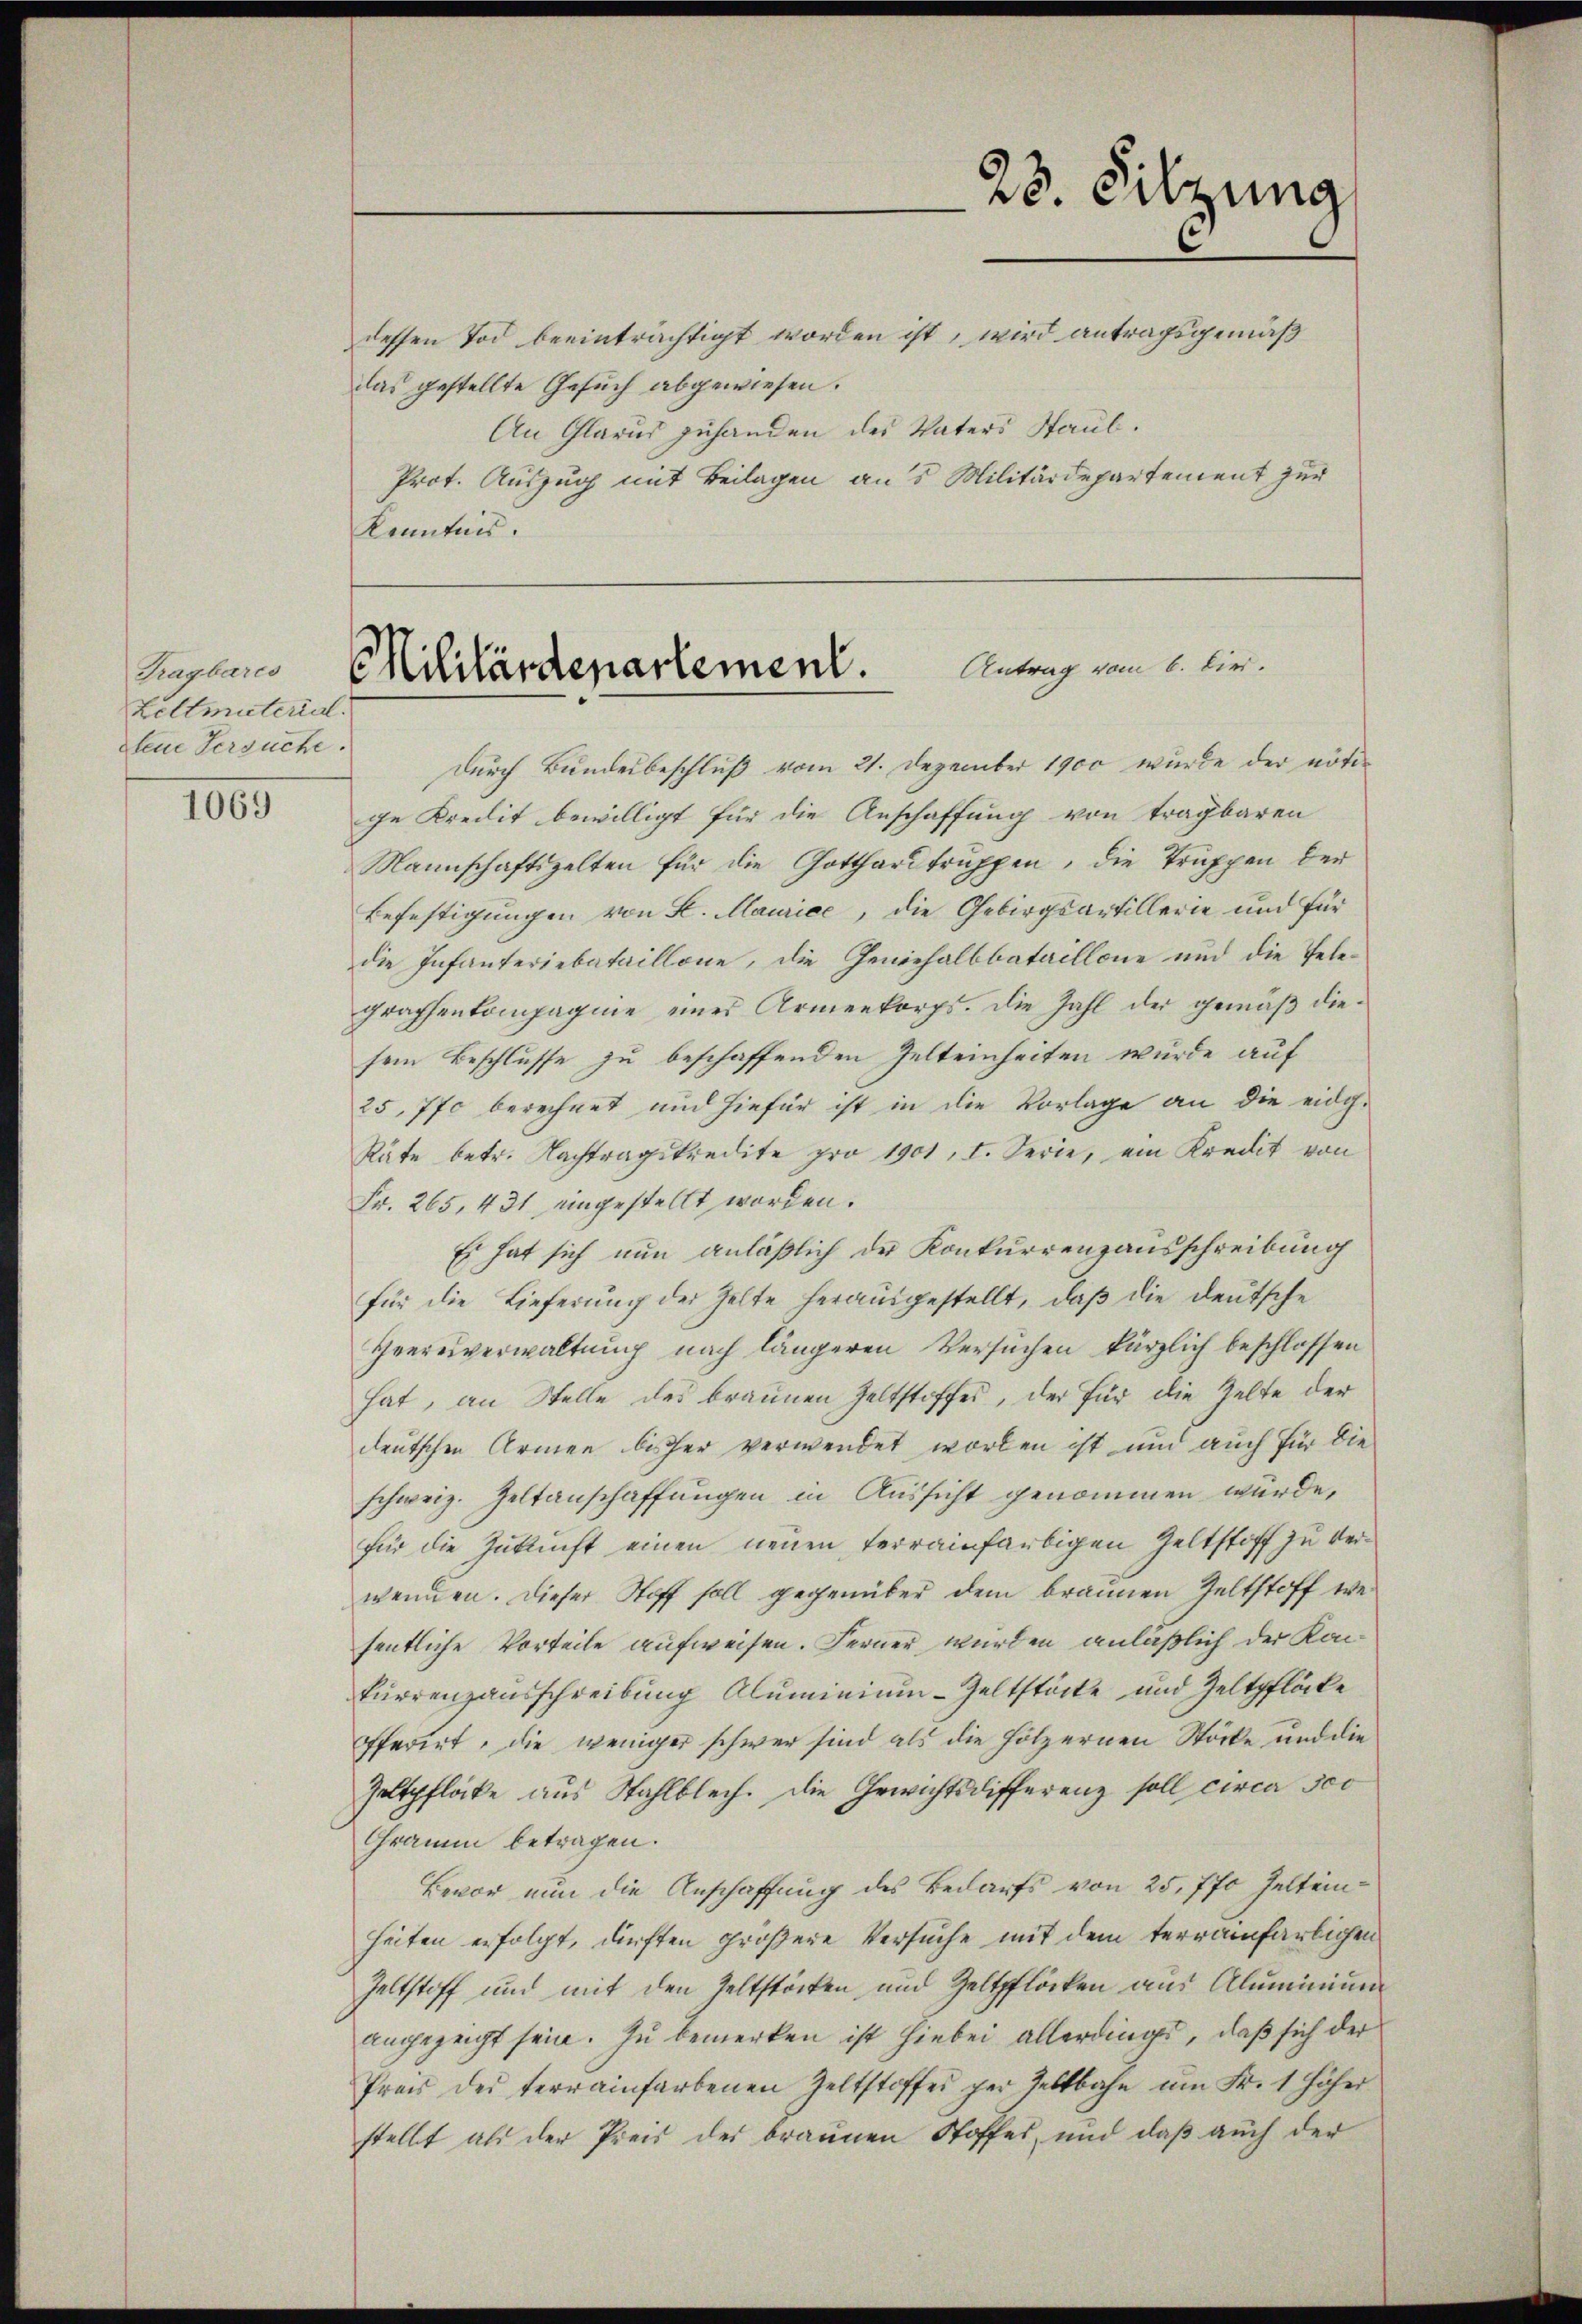
Tragbares
Zeltmuterial.
dem Versuche.

1069

dessen Tod beeinträchtigt worden ist, wird antragsgemäß
das gestellte Gesuch abgewiesen.
An Glarus zuhanden des Vaters Staub.
Prot. Auszug mit Beilagen aus Militärdepartement zur
Kenntnis.

23. Sitzung

Antrag vom 6. dies.
Militärdepartement.

Durch Bundesbeschluß vom 21. Dezember 1900 wurde der nötige Kredit bewilligt für die Anschaffung von tragbaren
Mannschaftszelten für die Gotthardtruppen, die Truppen der
Befestigungen von K. Maurice, die Gebirgsartillerie und für
die Infanteriebataillone, die Generhalbbataillone und die Telegraphenkompagnie eines Armenkorps. Die Zahl der gemäß diesem Beschlusse zu beschaffenden Zelteinheiten wurde auf
25,770 berechnet und hiefür ist in die Vorlage an die eidg.
Räte betr. Nachtragskredite pro 1901, I. Serie, ein Kredit von
Fr. 265, 431 eingestellt worden.
Es hat sich nun anläßlich der Konkurrenzausschreibung
für die Lieferung der Zelte herausgestellt, daß die deutsche
Heeresverwaltung nach längeren Versuchen kürzlich beschlossen
hat, an Stelle des braunen Zeltstoffes, der für die Zelte der
deutschen Armen bisher verwendet worden ist und auch für die
schweiz. Zeltanschaffungen in Aussicht genommen würde,
für die Zukunft einen neuen terrainfarbigen Zeltstoff zu verwenden. Dieser Stoff soll gegenüber dem braunen Geltstoff wei
fentliche Vorteile aufweisen. Ferner wurden anläßlich der Kan¬
Furrenzausschreibung Aluminium - Zeltstöcke und Zeltpflöcke
offeriet, die weniger schwer sind als die Hölzernen Stöcke und die
Zeltpflöcke aus Stahlblech. Die Gewichtsdifferenz soll circa 500
Gramm betragen.
Bevor nun die Anschaffung des Bedarfs von 25, 770 Zeltenheiten erfolgt, dürften größere Versuche mit dem terramfärlichen
Zeltstoff und mit den Zeltstöcken und Zeltpflöcken aus Aluminium
angezeigt sein. Zu bemerken ist hiebei allerdinges, daß sich der
Preis der terrainfarbenen Zeltstoffes per Zeltbahn um Fr. 1 höher
stellt als der Preis des braunen Stoffes, und daß auch der